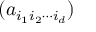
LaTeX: ( a _ { i _ { 1 } i _ { 2 } \cdots i _ { d } } )